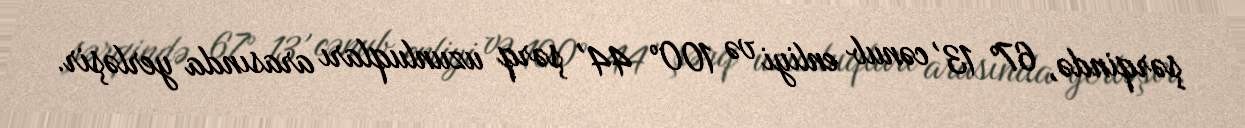
şərqində, 67° 13' cənub enliyi və 100° 44' şərq uzunluqları arasında yerləşir.